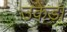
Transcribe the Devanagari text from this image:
उकेड़ा